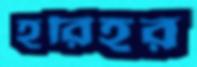
হরিহর